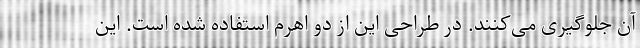
آن جلوگیری می‌کنند. در طراحی این از دو اهرم استفاده شده است. این